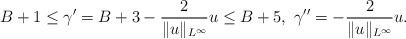
LaTeX: \begin{align*}B+1\leq\gamma'=B+3-\frac{2}{\|u\|_{L^\infty}}u\leq B+5,\ \gamma''=-\frac{2}{\|u\|_{L^\infty}}u.\end{align*}